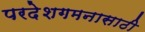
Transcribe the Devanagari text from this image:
परदेशगमनासाठी